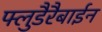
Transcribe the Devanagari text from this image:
फ्लुडैरैबाईन